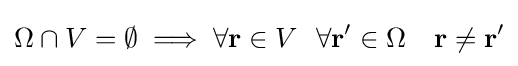
\Omega \cap V=\emptyset \implies \forall \mathbf {r} \in V\ \ \forall \mathbf {r'} \in \Omega \ \ \ \mathbf {r} \neq \mathbf {r'}